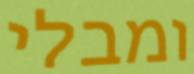
ומבלי